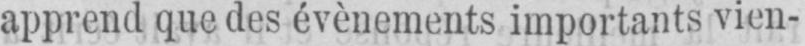
apprend que des événements importants vien-